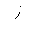
Letter: _zay